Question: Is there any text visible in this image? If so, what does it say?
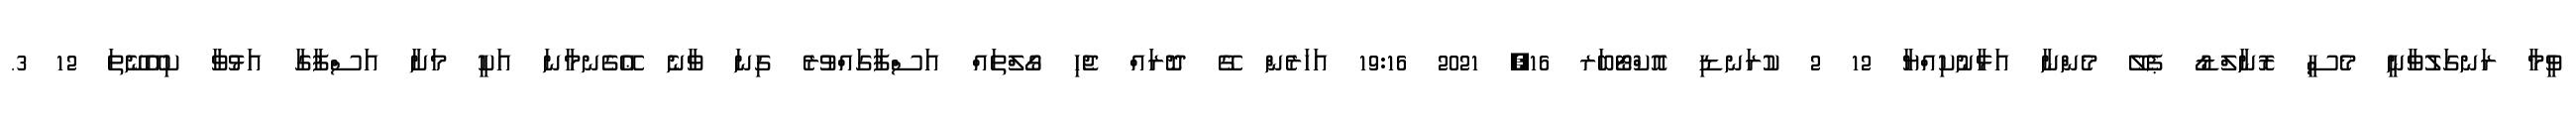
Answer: ވީމާ ރަނގަލުވާނީ މެސީ ރޮނާލްޑޯ ޕެލޭ މެންނާ އަޅާނުކިއްޔާ 12 2 ކުރަނޑި އޮކްޓޯބަރ 16, 2021 19:16 އަހަރެން ގޭ ދޮރައް ޖެހި ގޯލްތައް އަސްފާގައްވުރެ ގިނަ ވާނެ ޢޭގެނމާނަ އަކީ މަށާ އަސްފާގާ އަޅުވާ ކިއޭނޭތަ 12 3.